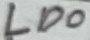
Text: LD0